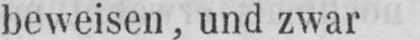
beweisen, und zwar